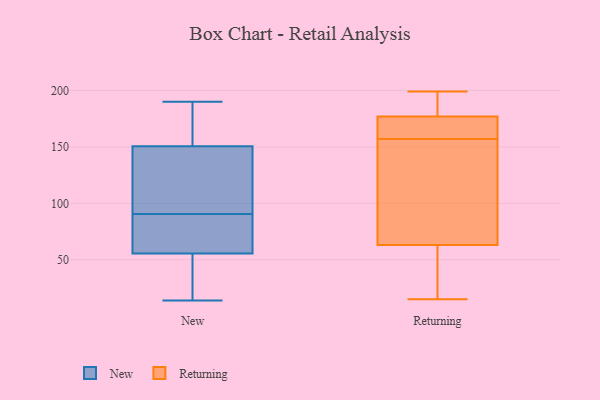
{"axis": {"x": "Page Views", "y": "Value"}, "legend": ["New", "Returning"], "data": [{"x": "", "y": 60, "type": "New"}, {"x": "", "y": 151, "type": "New"}, {"x": "", "y": 168, "type": "New"}, {"x": "", "y": 190, "type": "New"}, {"x": "", "y": 14, "type": "New"}, {"x": "", "y": 35, "type": "New"}, {"x": "", "y": 161, "type": "New"}, {"x": "", "y": 154, "type": "New"}, {"x": "", "y": 22, "type": "New"}, {"x": "", "y": 134, "type": "New"}, {"x": "", "y": 64, "type": "New"}, {"x": "", "y": 92, "type": "New"}, {"x": "", "y": 67, "type": "New"}, {"x": "", "y": 51, "type": "New"}, {"x": "", "y": 121, "type": "New"}, {"x": "", "y": 26, "type": "New"}, {"x": "", "y": 150, "type": "New"}, {"x": "", "y": 69, "type": "New"}, {"x": "", "y": 89, "type": "New"}, {"x": "", "y": 113, "type": "New"}, {"x": "", "y": 184, "type": "Returning"}, {"x": "", "y": 80, "type": "Returning"}, {"x": "", "y": 168, "type": "Returning"}, {"x": "", "y": 61, "type": "Returning"}, {"x": "", "y": 15, "type": "Returning"}, {"x": "", "y": 170, "type": "Returning"}, {"x": "", "y": 65, "type": "Returning"}, {"x": "", "y": 146, "type": "Returning"}, {"x": "", "y": 19, "type": "Returning"}, {"x": "", "y": 66, "type": "Returning"}, {"x": "", "y": 33, "type": "Returning"}, {"x": "", "y": 169, "type": "Returning"}, {"x": "", "y": 199, "type": "Returning"}, {"x": "", "y": 168, "type": "Returning"}, {"x": "", "y": 194, "type": "Returning"}, {"x": "", "y": 199, "type": "Returning"}]}